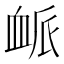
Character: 衇